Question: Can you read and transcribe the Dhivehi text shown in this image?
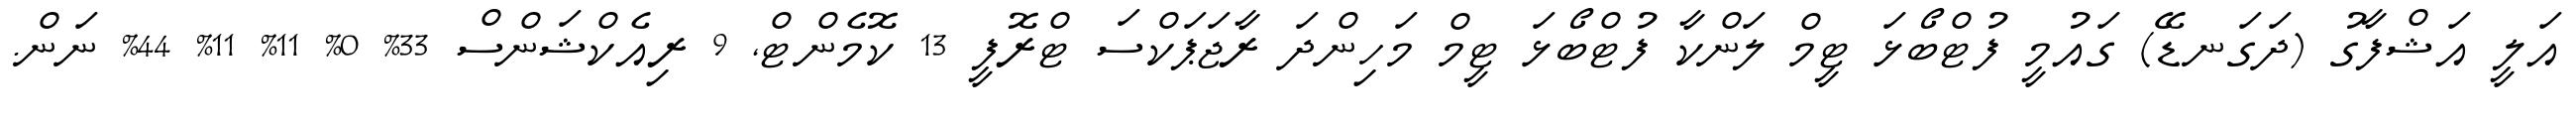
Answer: އަލީ އަޝްފާގު (ދަގަނޑޭ) ގައުމީ ފުޓްބޯޅަ ޓީމް ލަންކާ ފުޓްބޯޅަ ޓީމް މަހިންދަ ރާޖަޕަކްސަ ޓްރޮފީ 13 ކޮމެންޓް, 9 ރިއެކްޝަންސް 33% 0% 11% 11% 44% ނަން.